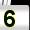
Digit: 5